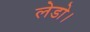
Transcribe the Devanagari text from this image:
लेडो।